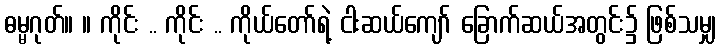
ဓမ္မဂုတ်။ ။ ကိုင်း .. ကိုင်း .. ကိုယ်တော်ရဲ့ ငါးဆယ်ကျော် ခြောက်ဆယ်အတွင်း၌ ဖြစ်သမျှ